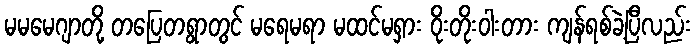
မမမေဂျာတို့ တပြေတရွာတွင် မရေမရာ မထင်မရှား ဝိုးတိုးဝါးတား ကျန်ရစ်ခဲ့ပြီလည်း